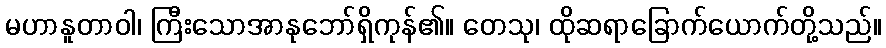
မဟာနူတာဝါ၊ ကြီးသောအာနုဘော်ရှိကုန်၏။ တေသု၊ ထိုဆရာခြောက်ယောက်တို့သည်။